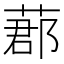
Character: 𦵼